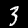
Label: 3